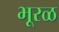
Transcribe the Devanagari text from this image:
भूरळ